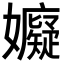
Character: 𭒳